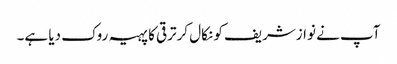
آپ نے نوازشریف کو نکال کرترقی کا پہیہ روک دیا ہے۔